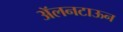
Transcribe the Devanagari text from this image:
ॲलनटाऊन